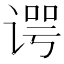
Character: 谔